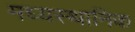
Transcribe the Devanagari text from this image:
मध्यस्थानिक